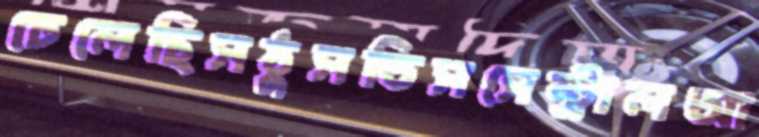
ঢেলেছিসঠুসতিসসেন্ট্রালআ